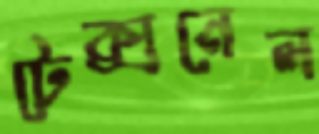
টেক্সনেল